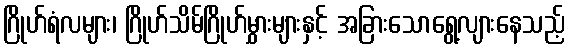
ဂြိုဟ်ရံလများ၊ ဂြိုဟ်သိမ်ဂြိုဟ်မွှားများနှင့် အခြားသောရွေ့လျားနေသည့်